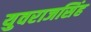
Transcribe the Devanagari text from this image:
युवराजसिंह